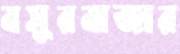
বসুরবাজার